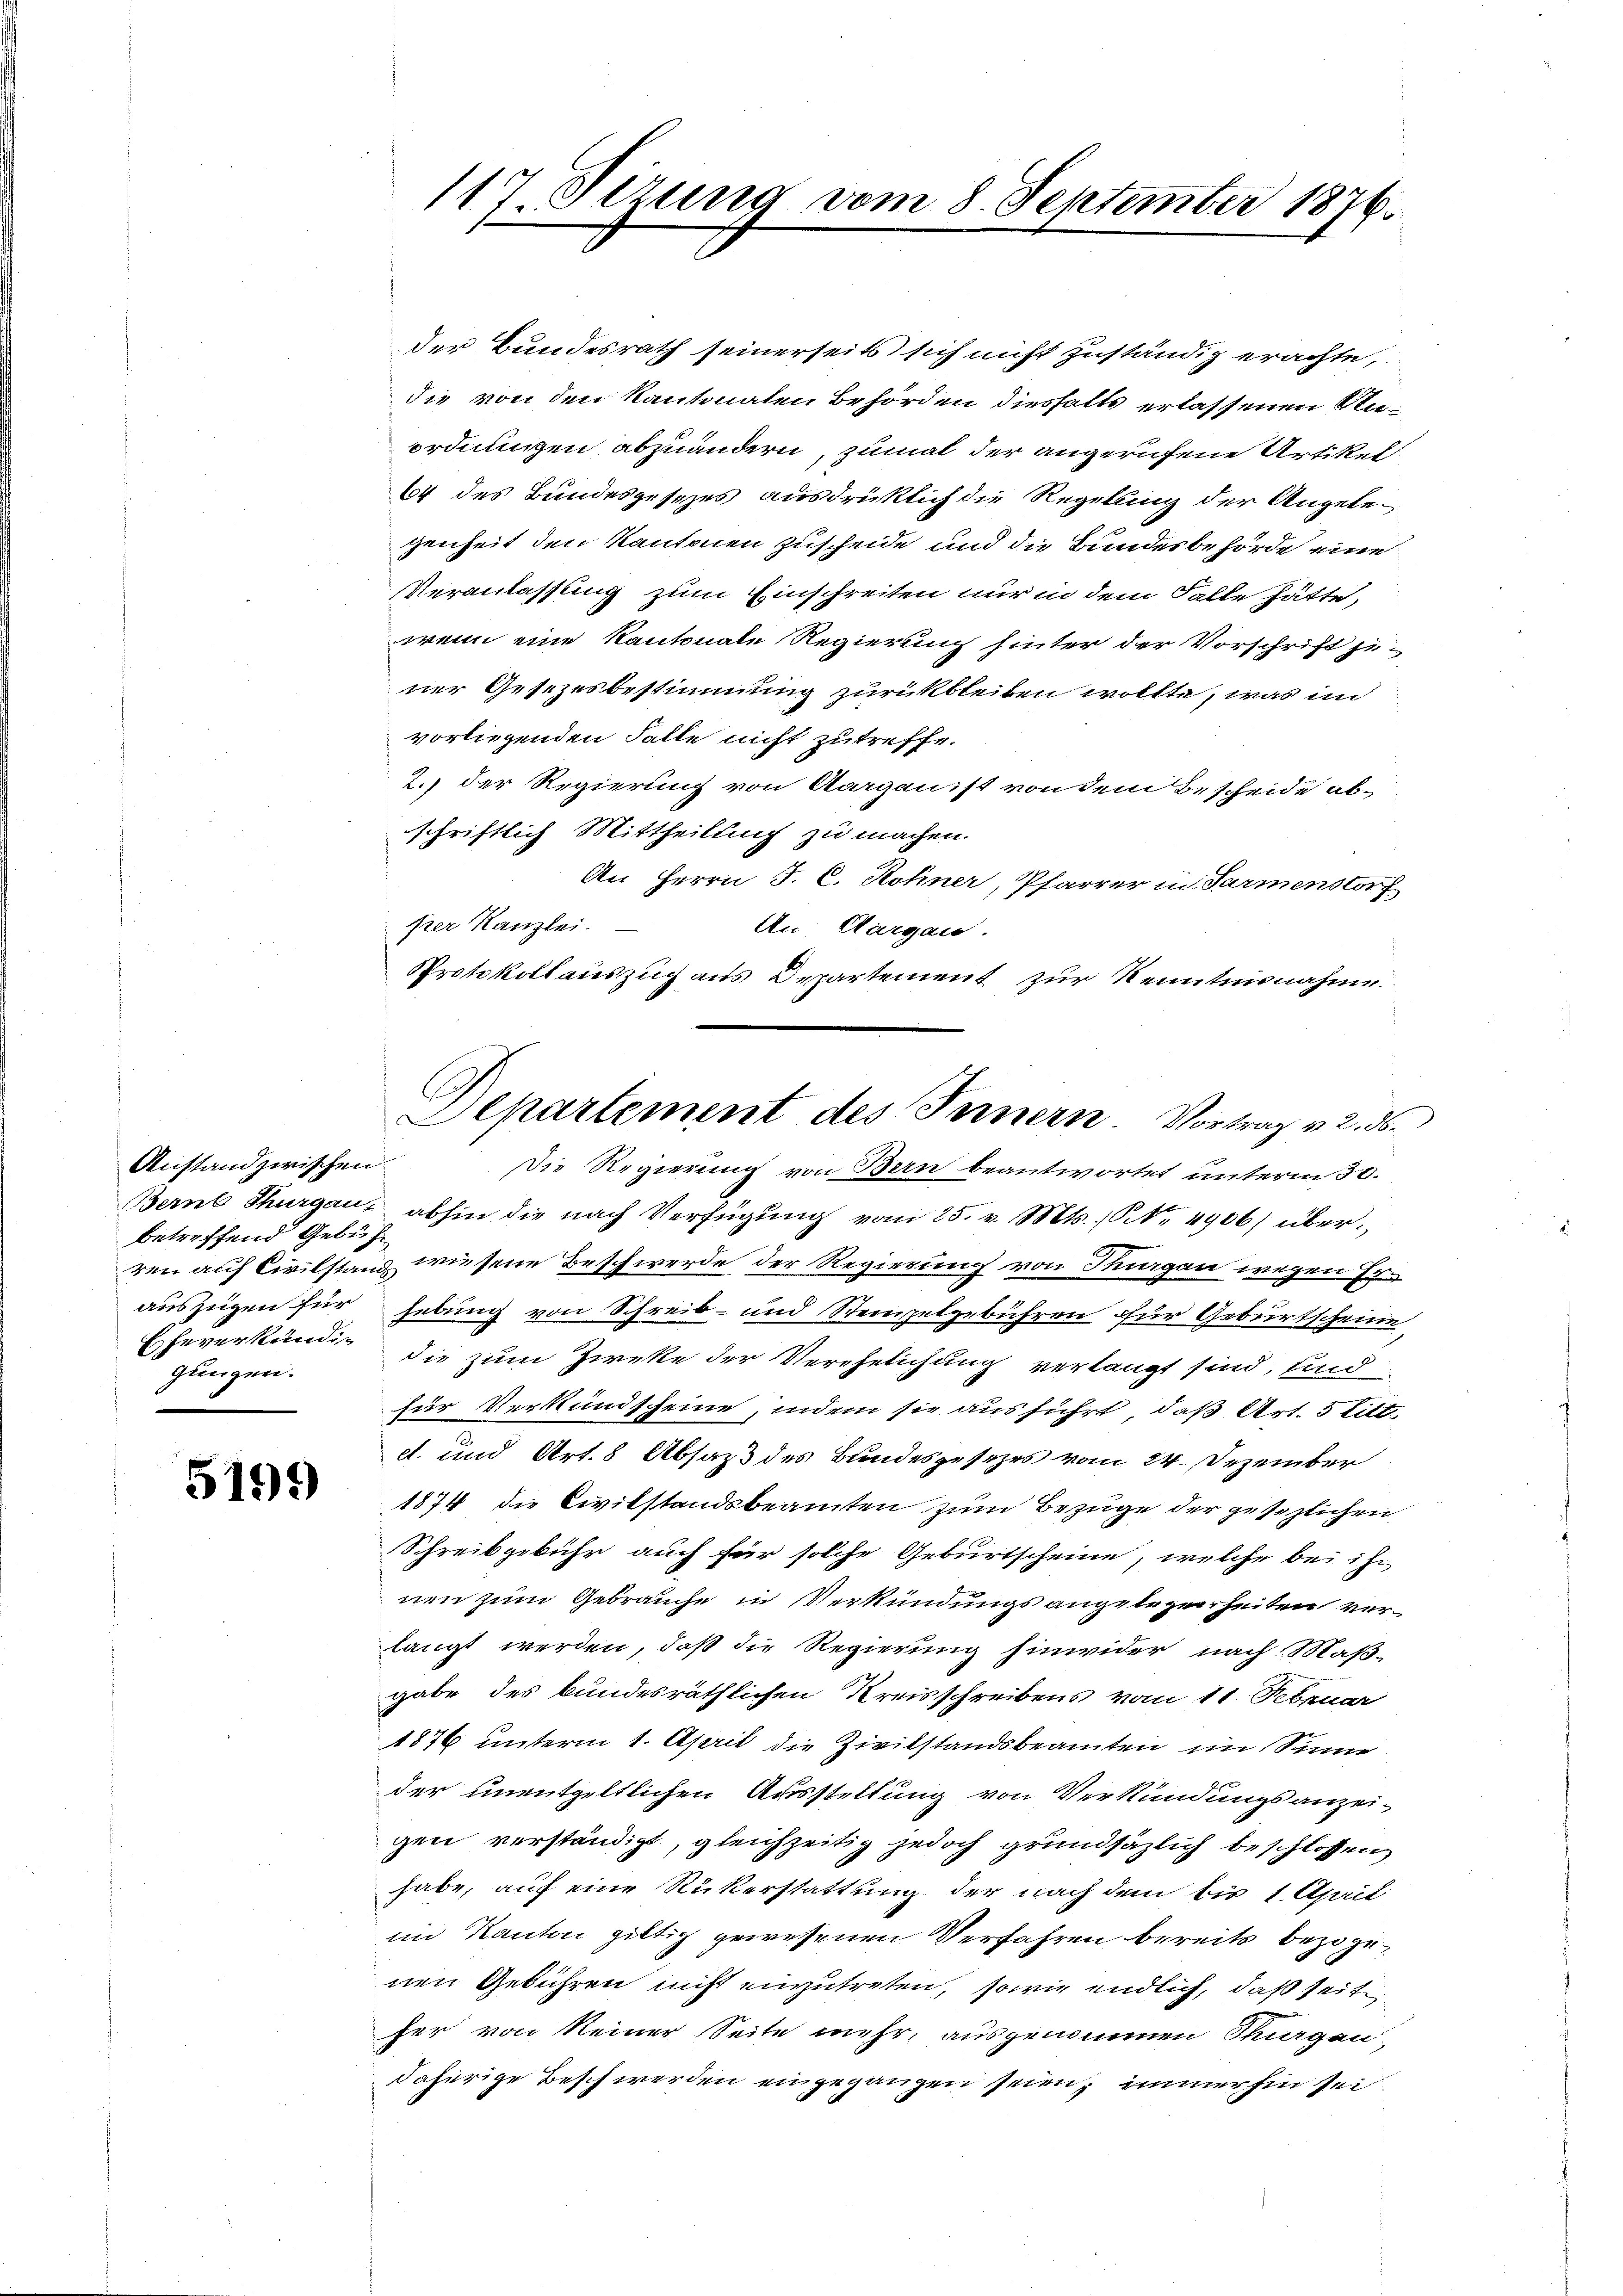
Anstand zwischen.
betreffend Gebüh
Eheverkändigungen.

5199

der Bundesrath seinerseits sich nicht zuständig erachte,
die von den Kantonalen Behörden diesfalls erlassenen Unordnungen abzuändern, zumal der angerufene Artikel
64 des Bundesgesezes ausdrücklich die Regelung der Angelegenheit den Kantonen zuscheide und die Bundesbehörde eine
Veranlassung zum Einschreiten nur in dem Falle hätte,
wenn eine Kantonale Regierung hinter der Vorschrift zuner Gesezesbestimmung zurückbleiben wollte, was im
vorliegenden Falle nicht zutreffe.
2.) der Regierung von Aarganist von dem Bescheide ab-
schriftlich Mittheilung zu machen.
An Herrn J. C. Rohner, Pfarrer in Sarmenstorf
per Kanzlei.
An Aargau.
Protokollauszug aus Departement zur Kenntnisnahme.
Die Regierung von Bern beantwortet unterm 30.
Berns Thurgau, abhin die nach Verfügŭng vom 25. v. Mts., S. 4906) überren auf Civilstand wiesene Beschwerde der Regierung von Thurgau wegen Erauszügen für hebung von Schreib- und Stempelgebühren für Geburtscheine
die zum Zieke der Verehelichung verlangt sind, sind
für Verkundscheine, indem sie ausführt, daß Art. 5 litt.
c. und Art. 8 Absass des Bundesgesetzes vom 24. Dezember
1874 die Civilstandsbeamten zum Bezüge der gesezlichen
Schreibgebühr auch für solche Geburtscheine, welche bei ihr
nen zum Gebrauche in Verkündungs angelegenheiten verlangt werden, daß die Regierung hinwider nach Maß-
gabe des bundesräthlichen Kreisschreibens vom 11. Februar
1876 unterm 1. April die Zivilstandsbeamten im Sinne
der unentgeltlichen Ausstellung von Verkündungsanzei-
gen verständigt, gleichzeitig jedoch grundsätzlich beschlossen
habe, auf eine Rükerstattung der nach dem bis 1. April
im Kanton giltig gewesenen Verfahren bereits bezogenen Gebühren nicht einzutreten, sowie endlich, daß seit
her von keiner Seite mehr, ausgenommen Thurgen,
daherige Beschwerden angegangen seien, immerhin sei

117 Sizung vom 8. September 1876.

C
Aepartement des Innern. Vortrag v. 2. 56.